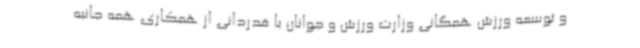
و توسعه ورزش همگانی وزارت ورزش و جوانان با قدردانی از همکاری همه جانبه